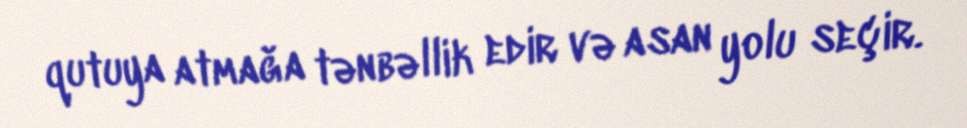
qutuya atmağa tənbəllik edir və asan yolu seçir.